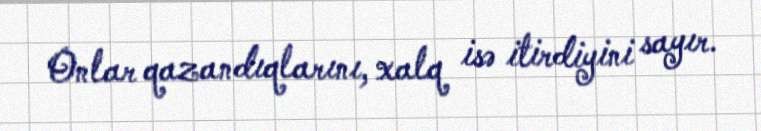
Onlar qazandıqlarını, xalq isə itirdiyini sayır.